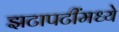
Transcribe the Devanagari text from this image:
झटापटींमध्ये